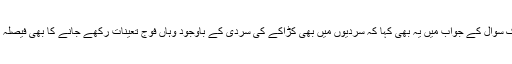
انہوں نے ایک سوال کے جواب میں یہ بھی کہا کہ سردیوں میں بھی کڑاکے کی سردی کے باوجود وہاں فوج تعینات رکھے جانے کا بھی فیصلہ کیا جائے گا۔